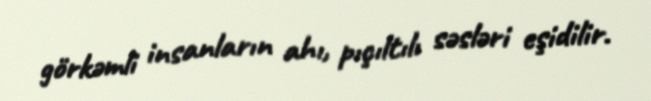
görkəmli insanların ahı, pıçıltılı səsləri eşidilir.